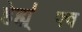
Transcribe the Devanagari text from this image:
हेह्य्॑फ्व